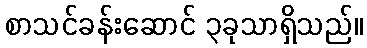
စာသင်ခန်းဆောင် ၃ခုသာရှိသည်။